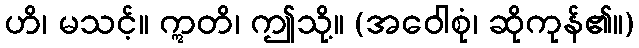
ဟိ၊ မသင့်။ ဣတိ၊ ဤသို့။ (အဝေါစုံ၊ ဆိုကုန်၏။)